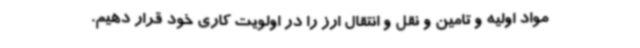
مواد اولیه و تامین و نقل و انتقال ارز را در اولویت کاری خود قرار دهیم.